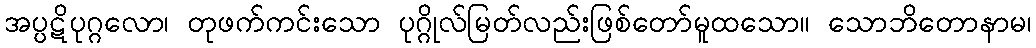
အပ္ပဋိပုဂ္ဂလော၊ တုဖက်ကင်းသော ပုဂ္ဂိုလ်မြတ်လည်းဖြစ်တော်မူထသော။ သောဘိတောနာမ၊